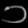
Digit: ၁